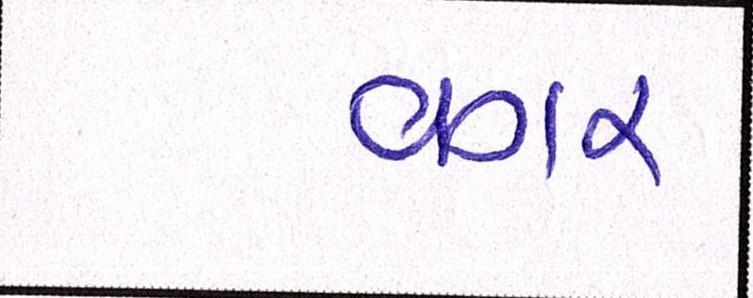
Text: વગર